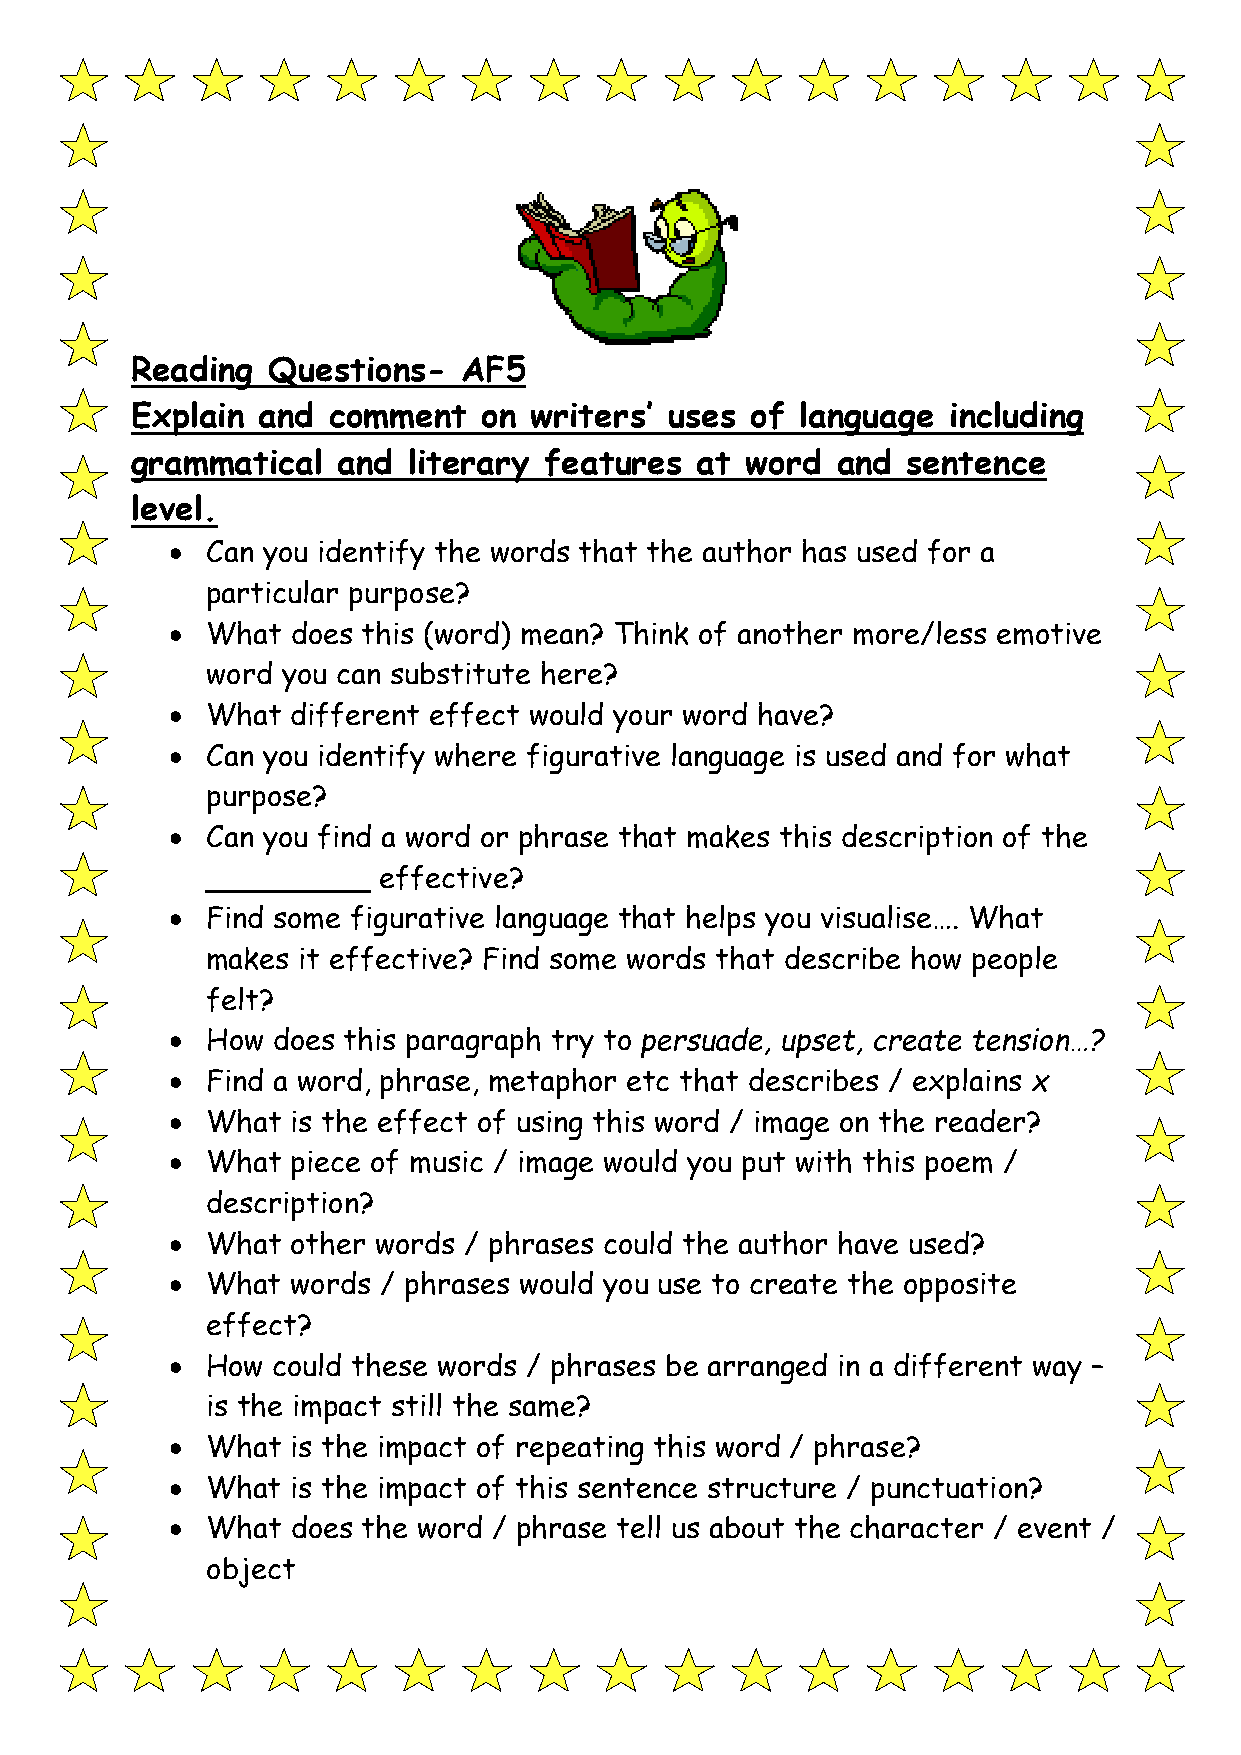
Reading  Questions-   AF5
 Explain and  comment   on writers’ uses  of language  including
 grammatical  and  literary features  at word  and  sentence
 level.
   Can you identify the words that the author has used for a
 particular purpose?
   What does this (word) mean? Think of another more/less emotive
 word you can substitute here?
   What different effect would your word have?
   Can you identify where figurative language is used and for what
 purpose?
   Can you find a word or phrase that makes this description of the
 _________  effective?
   Find some figurative language that helps you visualise…. What
 makes it effective? Find some words that describe how people
 felt?
   How does this paragraph try to persuade, upset, create tension…?
   Find a word, phrase, metaphor etc that describes / explains x
   What is the effect of using this word / image on the reader?
   What piece of music / image would you put with this poem /
 description?
   What other words / phrases could the author have used?
   What words / phrases would you use to create the opposite
 effect?
   How could these words / phrases be arranged in a different way –
 is the impact still the same?
   What is the impact of repeating this word / phrase?
   What is the impact of this sentence structure / punctuation?
   What does the word / phrase tell us about the character / event /
 object